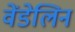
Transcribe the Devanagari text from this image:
वेंडेलिन